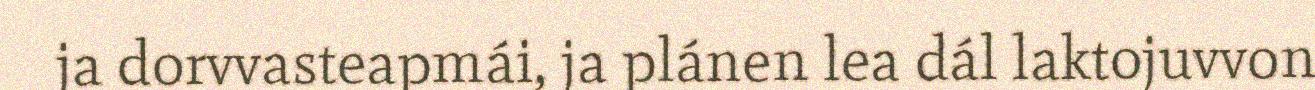
ja dorvvasteapmái, ja plánen lea dál laktojuvvon